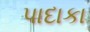
પાદાકા